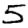
Digit: 5